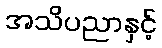
အသိပညာနှင့်